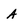
Character: A